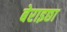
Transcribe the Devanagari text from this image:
बेराइछा